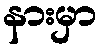
နားမှာ